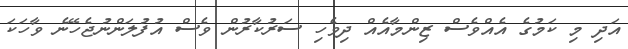
އަދި މި ކަމުގެ އެއްވެސް ޒިންމާއެއް ދިވެހި ސަރުކާރުން ވެސް އުފުލަންނުޖެހޭނެ ވާހަކަ